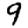
Digit: 9